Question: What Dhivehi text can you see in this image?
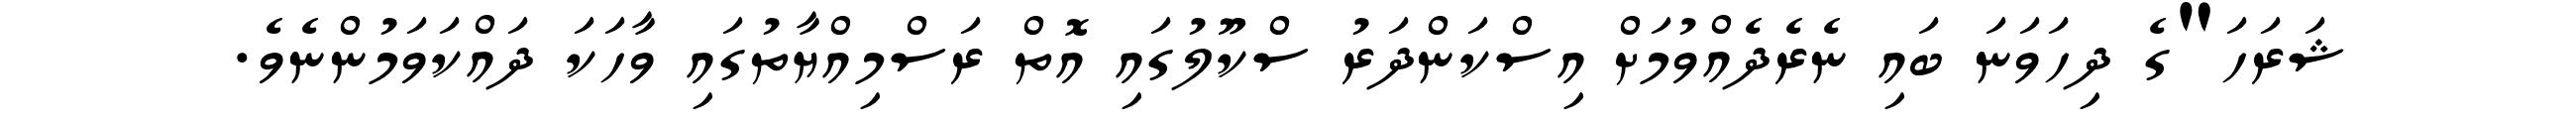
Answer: ޝަރަހަ"ގެ ދިހަވަނަ ބައި ނެރެދެއްވުމަށް އިސްކަންދަރު ސްކޫލުގައި އޮތް ރަސްމިއްޔާތުގައި ވާހަކަ ދައްކަވަމުންނެވެ.